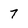
Character: 7